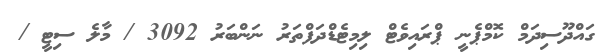
ގައްދޫސިދަމް ކޮމްޕެނީ ޕްރައިވެޓް ލިމިޓެޑްދަފްތަރު ނަންބަރު 3092 / މާލެ ސިޓީ /